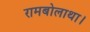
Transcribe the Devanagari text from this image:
रामबोलाथा।